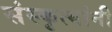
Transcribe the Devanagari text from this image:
संस्कृत्यांनी